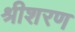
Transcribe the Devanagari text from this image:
श्रीशरण